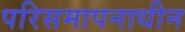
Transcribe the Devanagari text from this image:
परिसमापनाधीन